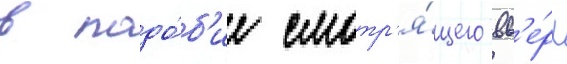
в подо́б'ие смотр'я́щего вв'е́рх